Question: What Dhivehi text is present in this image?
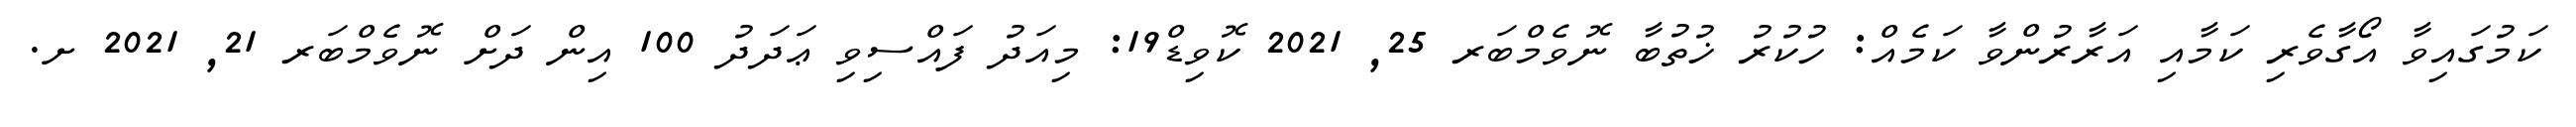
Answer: ކަމުގައިވާ އޯގާވެރި ކަމާއި އަރާރުންވާ ކަމެއް: ހުކުރު ޚުތުބާ ނޮވެމްބަރ 25, 2021 ކޮވިޑް19: މިއަދު ފައްސިވި ޢަދަދު 100 އިން ދަށް ނޮވެމްބަރ 21, 2021 ށ.